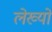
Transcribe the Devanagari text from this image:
लेख्यों